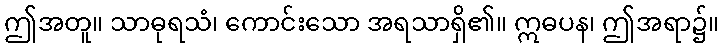
ဤအတူ။ သာဓုရသံ၊ ကောင်းသော အရသာရှိ၏။ ဣဓပန၊ ဤအရာ၌။